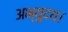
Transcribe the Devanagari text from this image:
अभ्युदय।